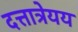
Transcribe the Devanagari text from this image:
दत्तात्रेयय